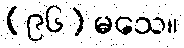
(၉၆) မသေ။